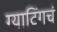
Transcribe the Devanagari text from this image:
ग्याटिंगचं